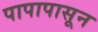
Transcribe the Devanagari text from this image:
पापापासून